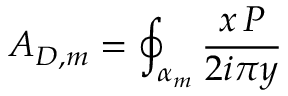
A _ { D , m } = \oint _ { \alpha _ { m } } { \frac { x \, \d P } { 2 i \pi y } }